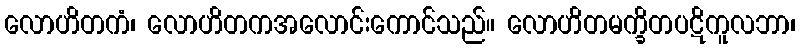
လောဟိတကံ၊ လောဟိတကအလောင်းကောင်သည်။ လောဟိတမက္ခိတပဋိကူလဘာ၊